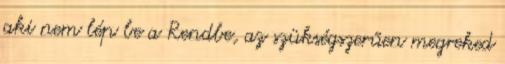
aki nem lép be a Rendbe, az szükségszerűen megreked